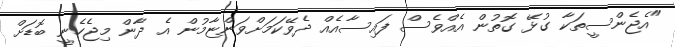
"އެޖެންސީތަކާ ގުޅޭ ގޮތުން އެއްވެސް ފައިސާއެއް ދެވޭކަމަށްވަންޏާމުން އެ ދާން މިޖެހެނީ ބޮޑަށް